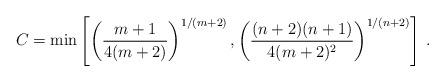
LaTeX: \begin{align*} C=\min\left[ \left(\frac{m+1}{4(m+2)}\right)^{1/(m+2)},\left(\frac{(n+2)(n+1)}{4(m+2)^2}\right)^{1/(n+2)} \right]\, .\end{align*}